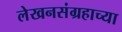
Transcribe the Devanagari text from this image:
लेखनसंग्रहाच्या